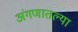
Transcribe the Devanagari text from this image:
अंगणातल्या